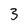
Character: 3